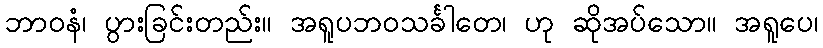
ဘာဝနံ၊ ပွားခြင်းတည်း။ အရူပဘဝသင်္ခါတေ၊ ဟု ဆိုအပ်သော။ အရူပေ၊